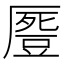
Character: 𠪶